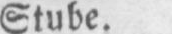
Stube.